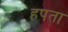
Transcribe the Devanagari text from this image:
हपता